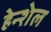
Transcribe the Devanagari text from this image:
हेन्शेल